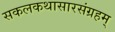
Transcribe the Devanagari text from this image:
सकलकथासारसंग्रहम्